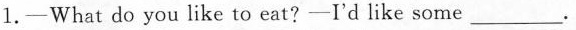
1.-What do you like to eat?-I'd like some___